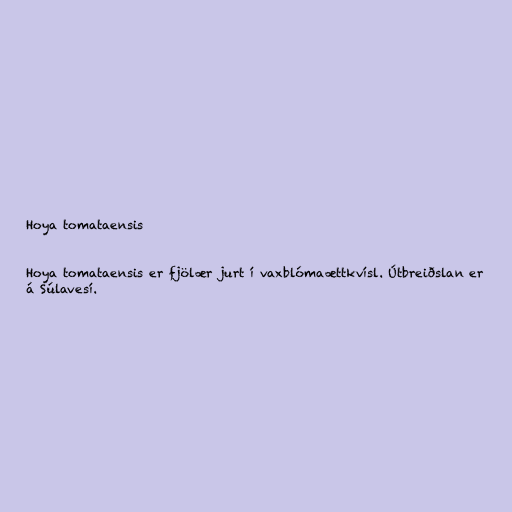
Hoya tomataensis

Hoya tomataensis er fjölær jurt í vaxblómaættkvísl. Útbreiðslan er
á Súlavesí.